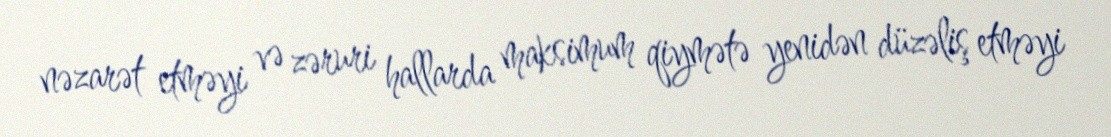
nəzarət etməyi və zəruri hallarda maksimum qiymətə yenidən düzəliş etməyi